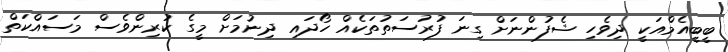
ބީބީއެމްއަކީ ދިވެހި ޝެފުންނަށް ގިނަ ފުރުސަތުތަކެއް ހޯދައި ދިނުމަށް މީގެ ކުރިންވެސް މަސައްކަތް